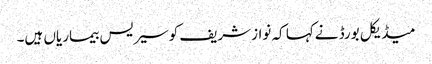
میڈیکل بورڈ نےکہا کہ نوازشریف کوسیریس بیماریاں ہیں۔